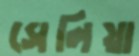
সেলিয়া